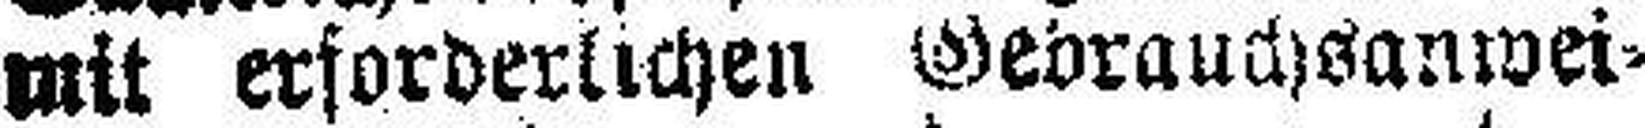
mit erforderlichen Gebrauchsanwei¬